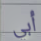
أبي